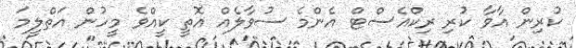
ކުރިން އާވާ ކުރި ރިކްއެސްޓް އެންމެ ސުވާލެއް އޮތީ ކީއްވެ މީހުން އަތްލީމަ